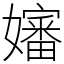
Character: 嬸